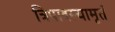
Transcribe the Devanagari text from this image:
त्रिपादस्यामृतं